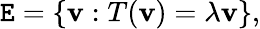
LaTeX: \mathtt{E}=\left\{ \mathbf{{v}}:T(\mathbf{{v}})=\lambda\mathbf{{v}}\right\} ,